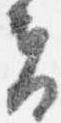
夫